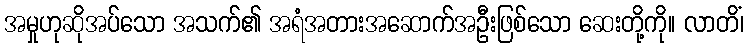
အမှုဟုဆိုအပ်သော အသက်၏ အရံအတားအဆောက်အဦးဖြစ်သော ဆေးတို့ကို။ လာတိံ၊